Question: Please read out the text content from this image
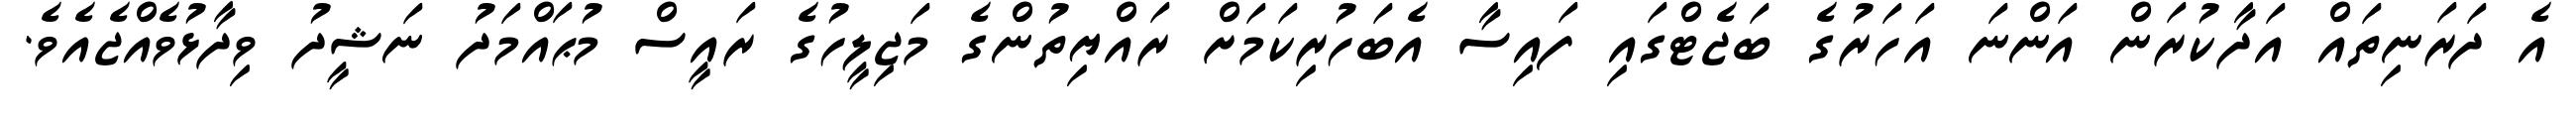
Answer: އެ ދަރަނިތައް އަދާކުރަން އަންނަ އަހަރުގެ ބަޖެޓްގައި ފައިސާ އެބަހުރިކަމަށް ރައްޔިތުންގެ މަޖިލީހުގެ ރައީސް މުޙައްމަދު ނަޝީދު ވިދާޅުވެއްޖެއެވެ.